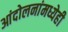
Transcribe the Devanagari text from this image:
आंदोलनांमध्येही